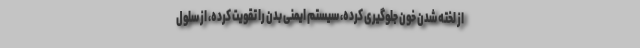
از لخته شدن خون جلوگیری کرده، سیستم ایمنی بدن را تقویت کرده، از سلول